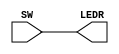
module simple(SW, LEDR);
input [17:0] SW;
output [17:0] LEDR;
assign LEDR = SW;
endmodule